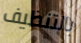
بالتنظيف